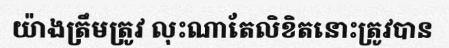
យ៉ាងត្រឹមត្រូវ លុះណាតែលិខិតនោះត្រូវបាន